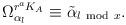
LaTeX: \begin{align*}\Omega^{r^{a}K_A}_{\alpha_l} \equiv \tilde{\alpha}_{l {\rm ~mod~}x}.\end{align*}